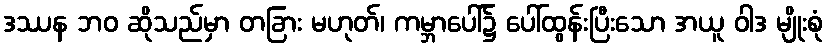
ဒဿန ဘဝ ဆိုသည်မှာ တခြား မဟုတ်၊ ကမ္ဘာပေါ်၌ ပေါ်ထွန်းပြီးသော အယူ ဝါဒ မျိုးစုံ